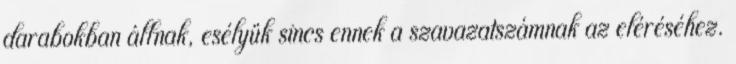
darabokban állnak, esélyük sincs ennek a szavazatszámnak az eléréséhez.